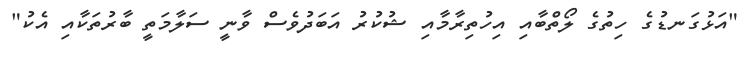
"އަޅުގަނޑުގެ ހިތުގެ ލޯތްބާއި އިހުތިރާމާއި ޝުކުރު އަބަދުވެސް ވާނީ ސަލާމަތީ ބާރުތަކާއި އެކު"